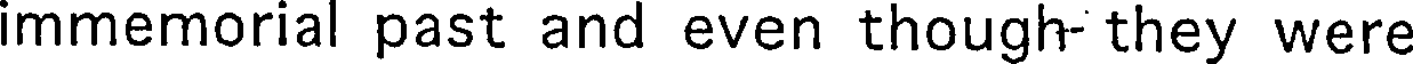
immemorial past and even though- they were